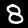
Label: 8